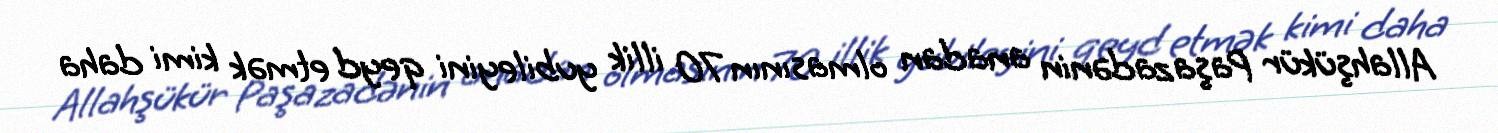
Allahşükür Paşazadənin anadan olmasının 70 illik yubileyini qeyd etmək kimi daha